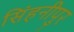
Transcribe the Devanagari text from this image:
सिंहनीपुर